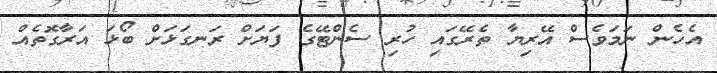
އެހެން ނަމަވެސް އޭރިޔާ ތެރޭގައި ހުރި ސެންޓޭގެ ފަޔަށް ރަނގަޅަށް ބޯޅަ އަރާގޮތެއް